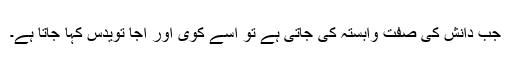
جب دانش کی صفت وابستہ کی جاتی ہے تو اسے کوی اور اجا تویدس کہا جاتا ہے۔